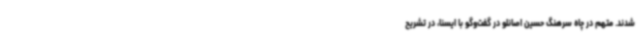
شدند. متهم در چاه سرهنگ حسین اصانلو در گفت‌وگو با ایسنا، در تشریح